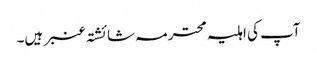
آپ کی اہلیہ محترمہ شائشتہ عنبر ہیں۔